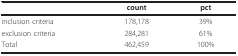
<table><thead><tr><td></td><td><b>count</b></td><td><b>pct</b></td></tr></thead><tbody><tr><td>inclusion criteria</td><td>178,178</td><td>39%</td></tr><tr><td>exclusion criteria</td><td>284,281</td><td>61%</td></tr><tr><td>Total</td><td>462,459</td><td>100%</td></tr></tbody></table>